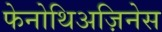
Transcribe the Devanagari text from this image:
फेनोथिअज़िनेस